Vital statistics of India. Vol. IV, Annual returns from 1871 to 1876. British Army of India, Native Army and jails of Bengal
Year: 1871
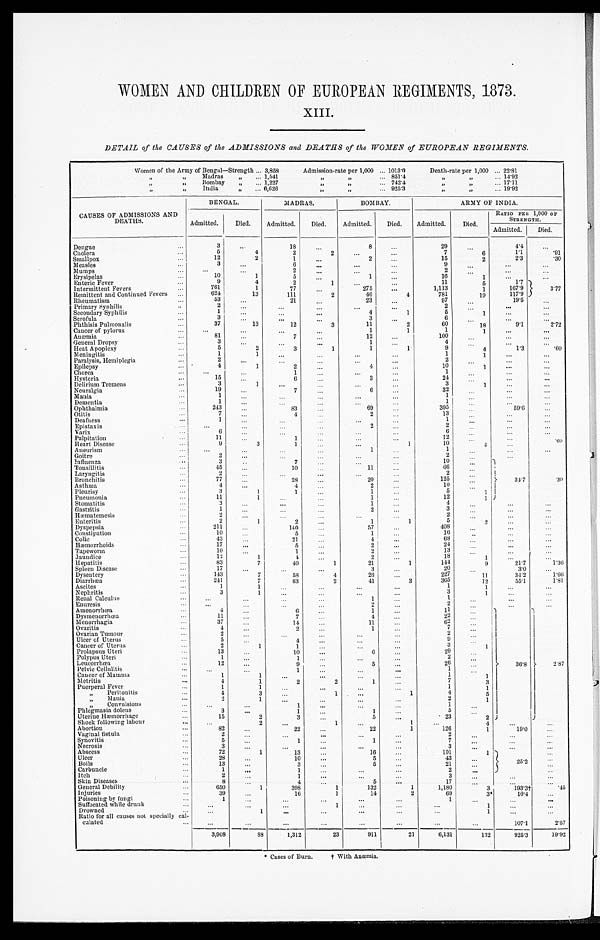
WOMEN AND CHILDREN OF EUROPEAN REGIMENTS, 1873.
XIII.
DETAIL of the CAUSES of the ADMISSIONS and DEATHS of the WOMEN of EUROPEAN REGIMENTS.
Women of the Army of Bengal—Strength . . . 3,858
Admission-rate per 1,000
. . . 1 0 1 3 . 0
Death-rate per 1,000
. . . 22.81
" Madras
" . . . 1,541
"
"
. . .
851.4
"
. . . 1 4 . 9 2
" Bombay . . . 1,227
"
". . .
7 4 2 . 4
" " . . . 17.11
" I
ndia
"
. . . 6,626
" " . . .
925.3
"
" . . . 19.92
CAUSES OF ADMISSIONS AND
D E A T H S
BENGAL.
MADRAS.
BOMBAY.
ARMY OF INDIA.
Admitted.
Died.
Admitted.
Died.
Admitted.
Died.
Admitted.
Died.
RATIO PER 1,000 OF
STRENGTH.
Admitted.
Died.
Dengue. . .
3
. . .
18
. . .
8
. . .
29
. . .
4.4
. . .
Cholera . . .
5
4
2
2
. . .
. . .
7
6
1.1
.91
Smallpox . . .
12
2
1
. . .
2
. . .
15
2
2.3
.30
Measles . . .
3
. . .
6
. . .
. . .
. . .
9
. . .
. . .
. . .. . .
Mumps . . .
. . .. . .
2
. . .
. . .
. . .
2
. . .
. . .
. . .
Erysipelas . . .
10
1
5
. . .
1 . . .
16
1 . . .
. . .
Enteric Fever . . .
9
4
2
1
. . .
. . .
11
5
1.7
3.77
Intermittent Fevers . . .
761
1
77
. . .
275
. . .
1,113
1
167.9
Remittent and Continued Fevers . . .
624
13
111
2
46
4
781
19
117.9
Rheumatism . . .
53
. . .
21
. . .
23
. . .
97
. . .
19.5
. . .
Primary Syphilis . . .
2
. . .
. . .
. . .
. . .
. . .
2
. . .
. . .
. . .
Secondary Syphilis . . .
1
. . .
. . .
. . .
4
1
5
1
. . .
. . .
Scrofula . . .
3
. . .
. . .
. . .
3
. . .
6
. . .
. . .
. . .
Phthisis Pulmonalis . . .
37
13
12
3
11
2
60
18
9.1
2 . 7 2
Cancer of pylorus . . .
. . .
. . .
. . .
. . .
1
1
1
1
. . .
. . .
Anæmia . . .
81
. . .
7
. . .
12
. . .
100
. . .
. . .
. . .
General Dropsy . . .
3
. . .
. . .
. . .
1 . . .
4
. . .
. . .
. . .
Heat Apoplexy . . .
5
2
3
1
1
1
9
4
1.3
.60
Meningitis
. . .
1
1
. . .
. . .
. . .
. . .
1
1
. . .
. . .
Paralysis, Hemiplegia . . .
2
. . .
. . .
. . .
. . .
. . .
2
. . .
. . .
. . .
Epilepsy . . .
4
1
2
. . .
4
. . .
10
1
. . .
. . .
Chorea . . .
. . .
. . .
. 1 . .
. . .
. . .
1
. . .
. . .
. . .
Hysteria . . .
15 . . .
6
. . .
3
. . .
24
. . .
. . .
. . .
Delirium Tremens . . .
3
1
. . .
. . .
. . .
. . .
3
1
. . .
. . .
Neuralgia . . .
19
. . .
7
. .
. 6 . .
. . .
3 2
. . .
. . .
. . .
Mania . . .
1
. . .
. . .
. . .
. . .
. . .
1
. . .
. . .
. . .
Dementia . . .
1
. . .
. . .
. . .
. . . . . .
1
. . .
. . .
. . .
Ophthalmia . . .
243
. . .
83
. . .
69 . . .
395
. . .
. . .
. . .
Otitis . . .
7
. . .
4
. . .
2 . . .
13
. . .
. . .
. . .
Deafness . . .
1
. . .
. . .
. . .
. . .
. . .
1
. . .
. . .
. . .
Epistax is . . .
. . .. . .
. . .
. . .
. . .
. . .
2
. . .
. . .
. . .
Varix . . .
6
. . .
. . .
. . . . . .
. . .
. . .
6
. . .
. . .
. . .
Palpitation . . .
1 1
. . .
1
. . .
. . .
. . .
12
. . .
. . .
. . .
Heart Disease . . .
9
3
1
. . .
. . .
1
10
4
. . .
. 6 0
Aneurism . . .
. . .
. . .
. . .
. . .
1
. . .
1
. . .
. . .
. . .
Goitre . . .
2
. . .
. . .
. . .
. . .
. . .
2
. . .
. . .
. . .
Influenza . . .
3
. . .
7
. . .
. . .
. . .
10
. . .
34.7
. . .
Tonsillitis . . .
4 5. . .
1 0
. . .
11
. . .
66
. . .
Laryngitis . . .
2
. . .
. . .
. . .
. . .
. . .
2
. . .
Bronchitis . . .
77 . . .
28
. . .
20
125
. . .
. 3 0
Asthma . . .
4
. . .
4
. . .
2 . . .
1 0
. . .
Pleurisy . . .
3 1
1
. . .
1 . . .
5
. . .
Pneumonia . . .
11
1
. . .
. . .
1 . . .
12
1
Stomatitis . . .
3
. . .
. . .
. . .
1 . . .
4
. . .. . .
. . .
Gastritis . . .
1
. . .
. . .
. . .
2 . . .
3
. . . . . .
. . .
Hæmatemesis . . .
2
. . .
. . .
. . .
. . .
. . .
2
. . .
. . .
. . .
Enteritis . . .
2
1
2
. . .
1
1
5
2
. . .
. . .
Dyspepsia . . .
211 . . .
1 4 0 . . .
5 7
. . .
4 0 8
. . .
. . .
. . .
Constipation . . .
10 . . .
5 . . .
1
. . .
16
. . .
. . .
. . .
Colic . . .
43 . . .
21
. . .
4
. . .
68
. . .
. . .
. . .
Hæmorrhoids . . .
17
. . .
5
. . .
2
. . .
24
. . .
. . .
. . .
Tapeworm . . .
10
. . .
1 . . .
2
. . .
13
. . .
. . .
. . .
Jaundice . . .
12
1
4
. . . . . .
2
. . .
18
1
. . .
. . .
Hepatitis . . .
83
7
40
1
21
1
144
9
21.7
1.36
Spleen Disease . . .
1 7 . . .
. . .
. . .
3
. . .
20
. . .
3.0
. . .
Dysentery . . .
143
7
58
4
2 6
. . .
227
11
34.2
1.66
Diarrhœa . . .
241
7
83
2
41
3
365
12
55.1
1.81
Ascites. . .
1
1
. . .
. . .
. . .
. . .
1
1
. . .
. . .
Nephritis . . .
3
1
. . .
. . .
. . .
. . .
3
1
. . .
. . .
Renal Calculus . . .
. . .
. . .
. . . . . .
1
. . .
1
. . .
. . .
. . .
Enuresis . . .
. . .
. . .
. . .
. . .
2
. . .
2
. . .
. . .
. . .
Amenorrnhœa . . .
4
. . .
6
. . .
1
. . .
1 1
. . .
1
36.8
2.87
Dysmenorrhœa . . .
1 1
. . .
7 . . .
4
. . .
22
. . .
Menorrhagia . . .
37
. . .
14
. . .
11 . . .
62
. . .
Ovaritis . . .
4
. . .
2 . . .
1
. . .
7
. . .
Ovarian Tumour . . .
2
. . .
. . .
. . .
. . .. . .
2
. . .
Ulcer of Uterus . . .
5
. . .
4 . . .
. . .
. . .
9
. . .
Cancer of Uterus . . .
2
1
1 . . .
. . .
. . .
3
1
Prolapsus Uteri . . .
13 . . .
10
. . .
6 . . .
2 9
Polypus Uteri . . .
1
. . .
1 . . .
. . .
. . .
2
. . .
Leucorrhœa . . .
12
. . .
9
. . .
5
. . .
26
. . .
Pelvic Cellulitis . . .
. . .
. . .
1 . . .
. . .
. . .
1
. . .
Cancer of Mamma . . .
1
1
. . .. . .
. . .. . .
1
1
Metritis . . .
4
1
2
2
1
. . .
7
3
Puerperal Fever . . .
1
1
. . .
. . .
. . .
. . .
1
1
" Peritonitis
. . .
4
3
. . .
1
. . .
1
4
5
" Mania . . .
2
1
. . .
. . .
. . .
. . .
2
1
" Convul s i ons . . .
. . .
. . .
1
. . .
. . .. . .
1
. . .
Phlegmasia dolens . . .
3
. . .
1 . . .
1
. . .
5
. . .
Uterine Hæmorrhage . . .
15
2
3 . . .
5 . . .
23
2
Shock following labour . . .
. . .
2
. . .
1
. . .
1
. . .
4
. . .
. . .
Abortion . . .
82
. . .
22
. . .
22
1
126
1
19.0
. . .
Vaginal fistula . . .
2
. . .
. . .
. . .
. . .
. . .
2
. . .
. . .
. . .
Synovitis . . .
5
. . .
1 . . .
1 . . .
7
. . .
. . .
. . .
Necrosis . . .
3
. . .
. . .
. . .
. . .
. . .
3
. . .
. . .
. . .
Abscess. . .
7 2
1
13
. . .
16
. . .
101
1
25.2
. . .
Ulcer . . .
28
. . .
10
. . .
5 . . .
43
. . .
Boils . . .
13
. . .
3 . . .
5
. . .
21
. . .
. . .
Carbuncle . . .
1
. . .
1 . . .
. . .
. . .
2
. . .
. . .
Itch . . .
2
. . .
1
. . .
. . .
. . .
3
. . .
. . .
. . .
Skin Diseases . . .
8
. . .
4 . . .
5
. . .
17
. . .
. . .
. . .
General Debility . . .
650
1
398
1
132
1
1,180
3
193.3†
.45
Injuries . . .
39
. . .
16
1
14
2
69
3*
10.4
. . .
Poisoning by fungi . . .
1
. . .
. . .
. . .
. . .
. . .
1
. . .
. . .
. . .
Suffocated while drunk . . .
. . .
. . .
. . .
1
. . .
. . .
1
. . .
. . .
Drowned . . .
. . .
1
. . .
. . .
. . .
. . .
. . .
1
. . . . . .
Ratio for all causes not specially cal-
culated . . .
. . .
. . .
. . .
. . .
. . .
. . .
. . .
. . .
107.1
2.57
3,908
88
1,312
23
911
21
6,131
132
925.3
19.92
* Cases of Burn.
† With Anæmia.